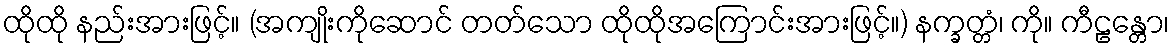
ထိုထို နည်းအားဖြင့်။ (အကျိုးကိုဆောင် တတ်သော ထိုထိုအကြောင်းအားဖြင့်။) နက္ခတ္တံ၊ ကို။ ကီဠန္တော၊